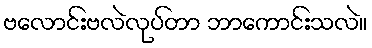
ဗလောင်းဗလဲလုပ်တာ ဘာကောင်းသလဲ။